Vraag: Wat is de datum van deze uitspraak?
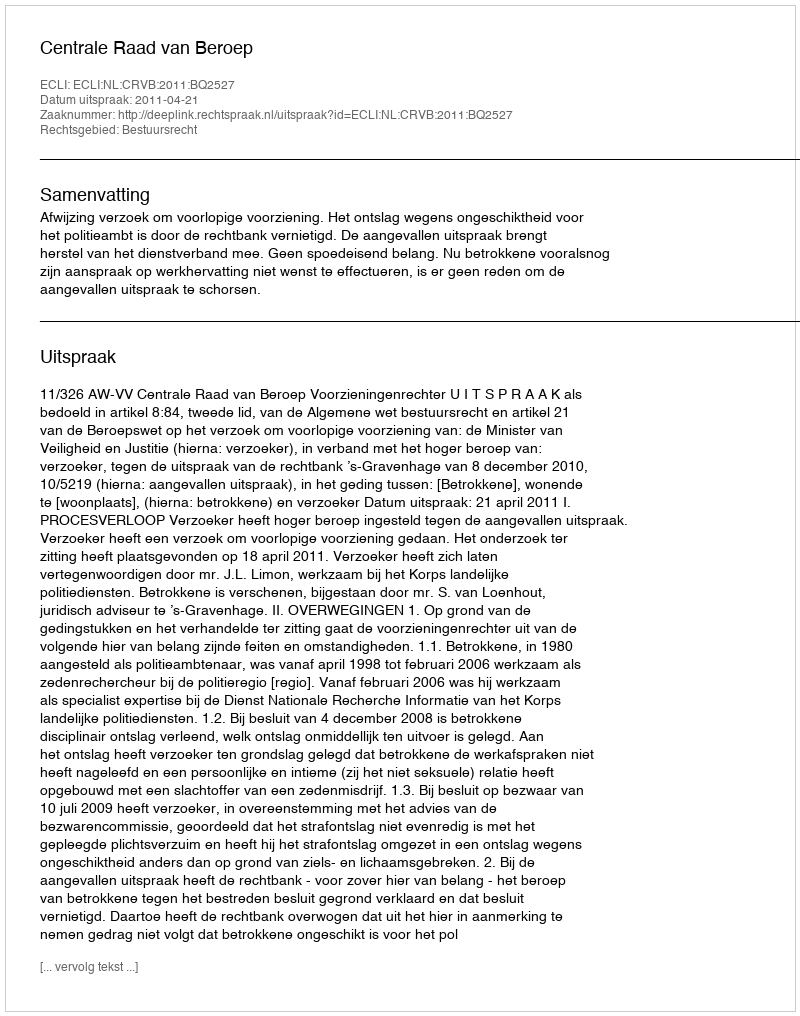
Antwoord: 2011-04-21